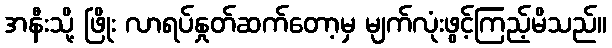
အနီးသို့ ဖြိုး လာရပ်နှုတ်ဆက်တော့မှ မျက်လုံးဖွင့်ကြည့်မိသည်။